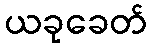
ယခုခေတ်